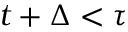
t + \Delta < \tau